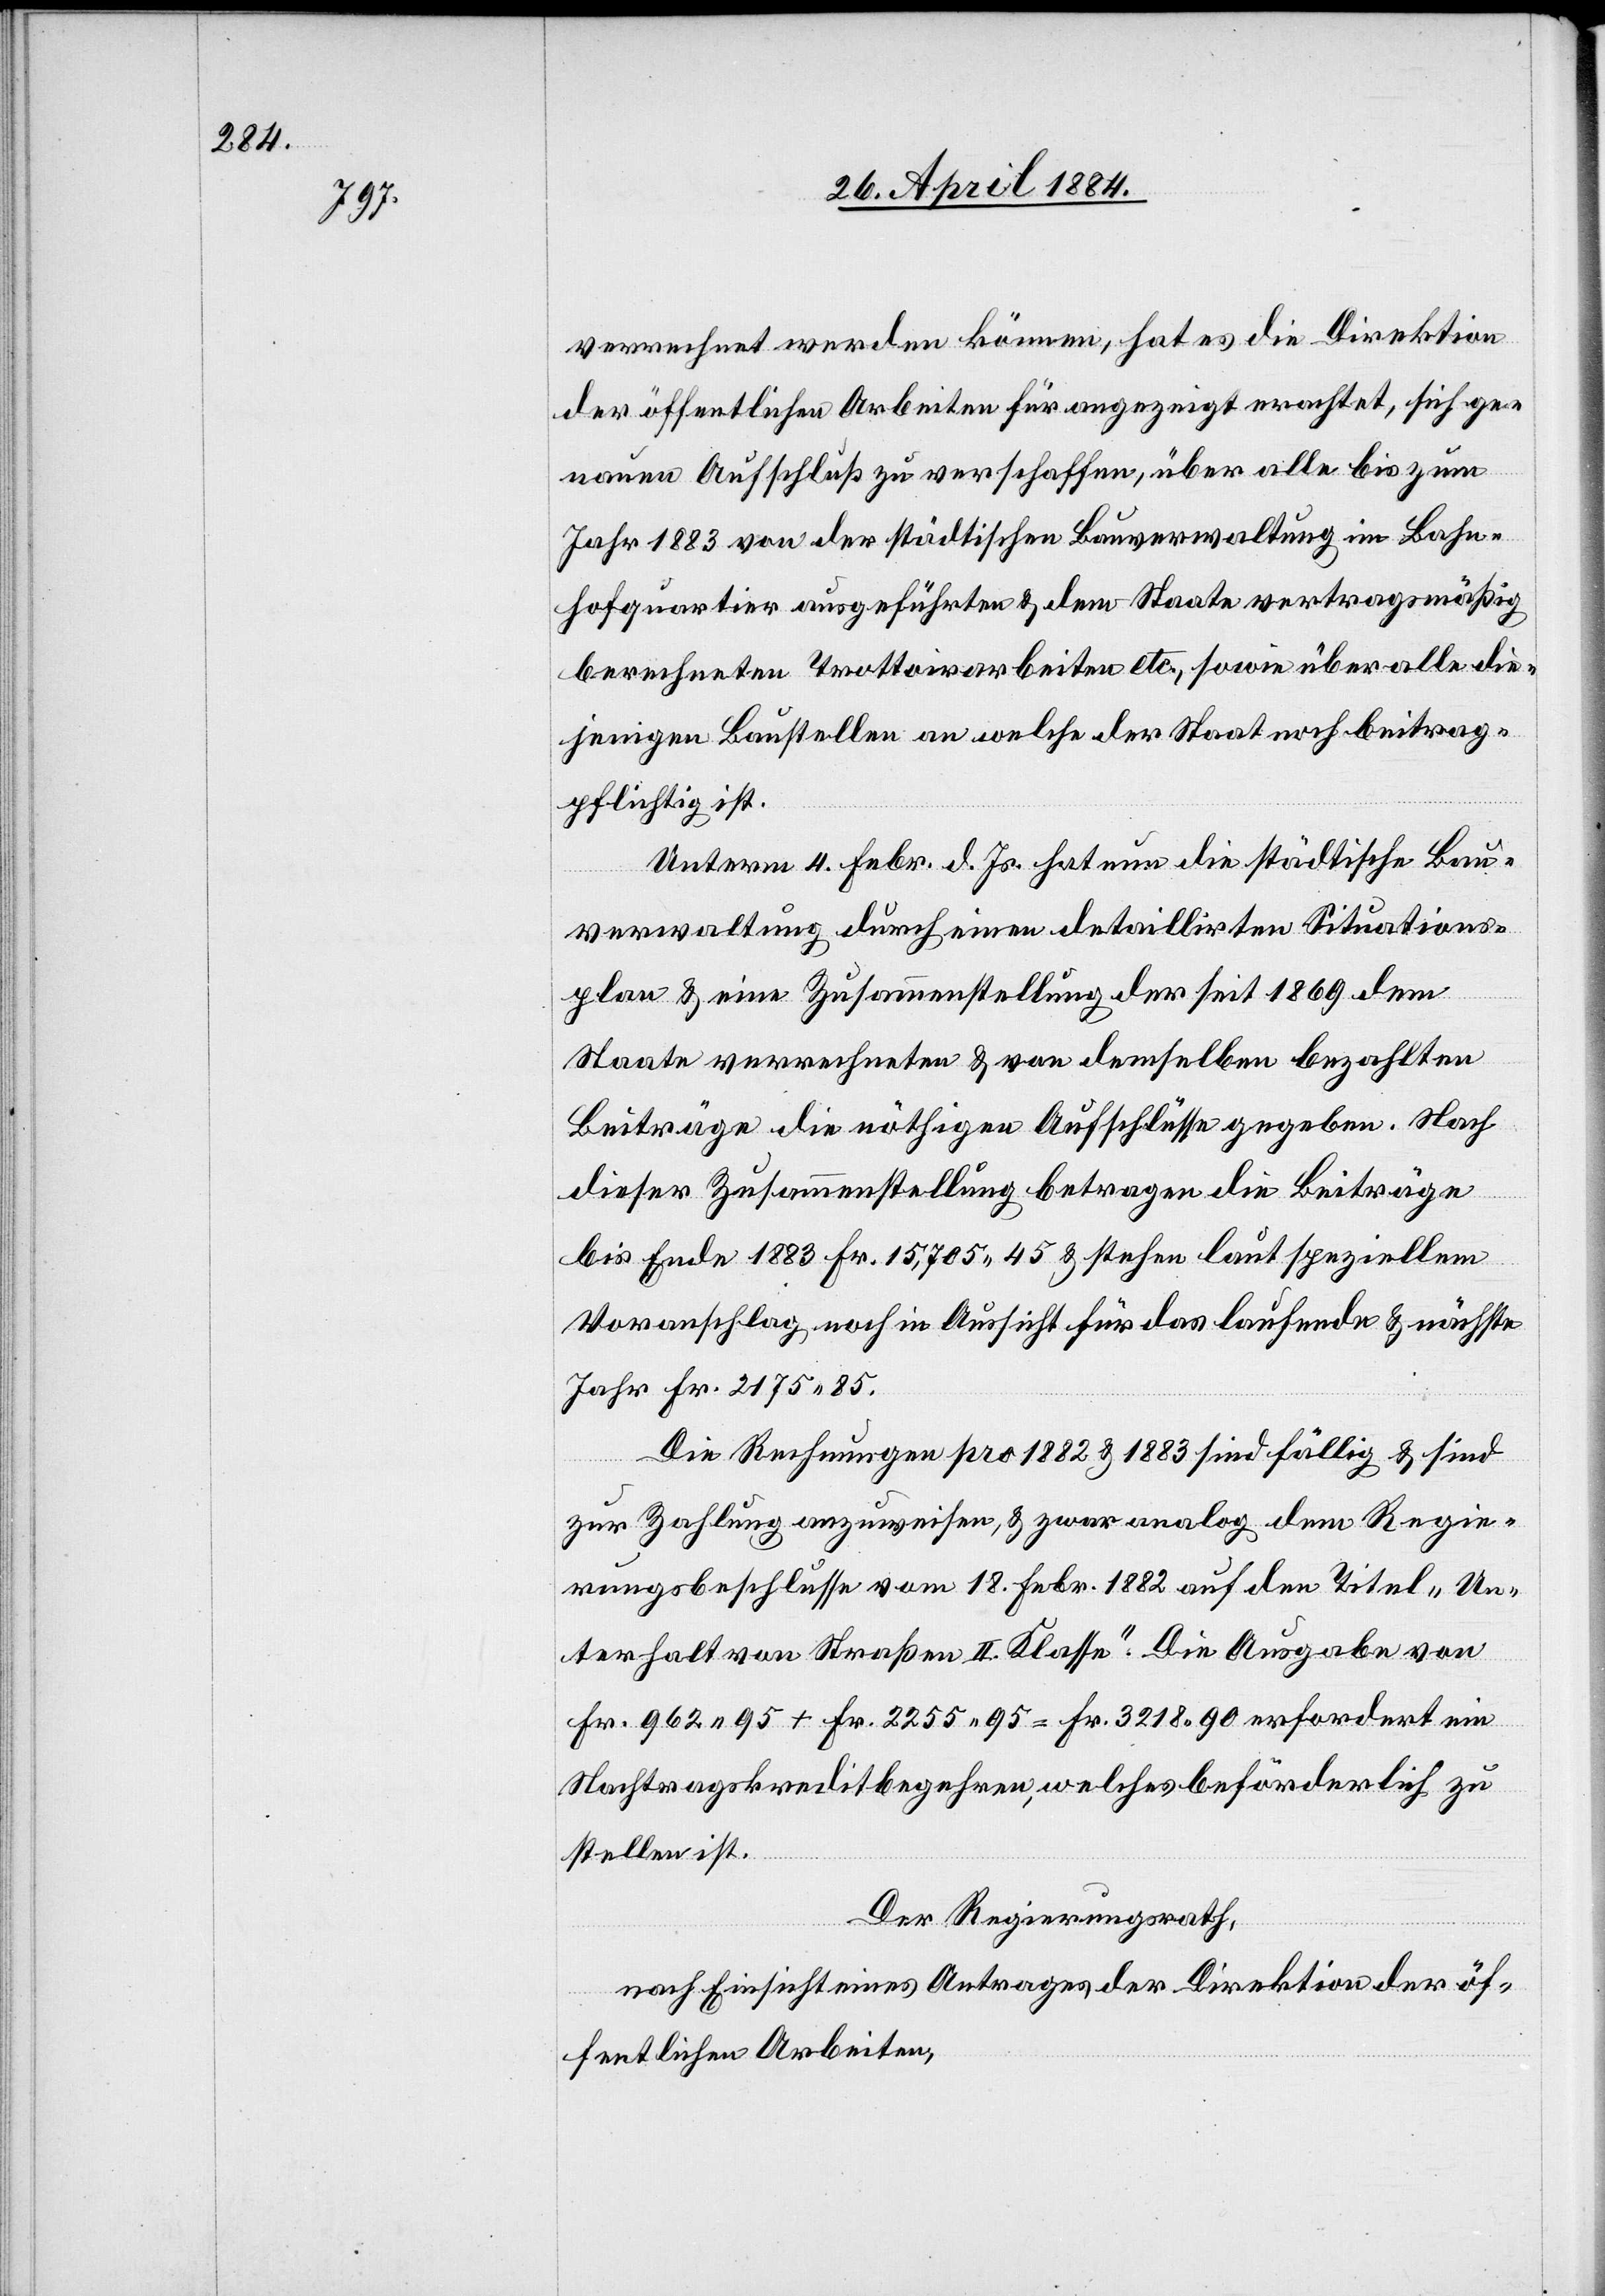
verrechnet werden können, hat es die Direktion
der öffentlichen Arbeiten für angezeigt erachtet, sich ge¬
nauen Aufschluß zu verschaffen, über alle bis zum
Jahr 1883 von der städtischen Bauverwaltung in Bahn¬
hofquartier ausgeführten & dem Staate vertragsmäßig
berechneten Trottoirarbeiten etc., sowie über alle die¬
jenigen Baustellen an welche der Staat noch beitrag¬
pflichtig ist.
Unterm 4. Febr. d. Js. hat nun die städtische Bau¬
verwaltung durch einen detaillirten Situations¬
plan & eine Zusammenstellung der seit 1869 dem
Staate verrechneten & von demselben bezahlten
Beiträge die nöthigen Aufschlüsse gegeben. Nach
dieser Zusammenstellung betragen die Beiträge
bis Ende 1883 Fr. 15,705 45 & stehen laut speziellem
Voranschlag noch in Aussicht für das laufende & nächste
Jahr Fr. 2175 85.
Die Rechnungen pro 1882 & 1883 sind fällig & sind
zur Zahlung anzuweisen, & zwar analog dem Regie¬
rungsbeschlusse vom 18. Febr. 1882 auf den Titel „Un¬
terhalt von Straßen II. Klasse“. Die Ausgabe von
Fr. 962 95 + Fr. 2255 95 = Fr. 3218 90 erfordert ein
Nachtragskreditbegehren, welches beförderlich zu
stellen ist.
Der Regierungsrath,
nach Einsicht eines Antrages der Direktion der öf¬
fentlichen Arbeiten,